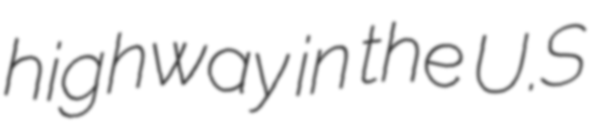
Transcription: highway in the U.S